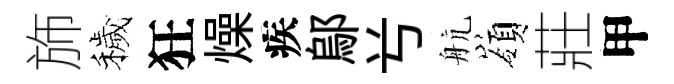
斾穢狂燥疾鄔𠔃航嶺莊甲